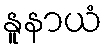
နူနာယံ